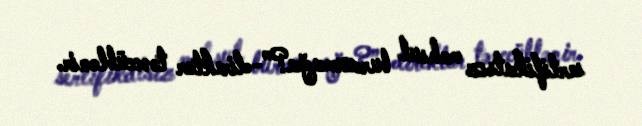
sertifikatsız məhsul buraxmağa?”-direktor təəccüblənir.